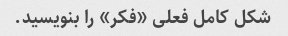
شکل کامل فعلی «فکر» را بنویسید.